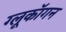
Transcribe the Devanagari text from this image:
ग्लूकॉगन